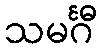
သမင်္ဂီ